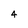
Character: 4